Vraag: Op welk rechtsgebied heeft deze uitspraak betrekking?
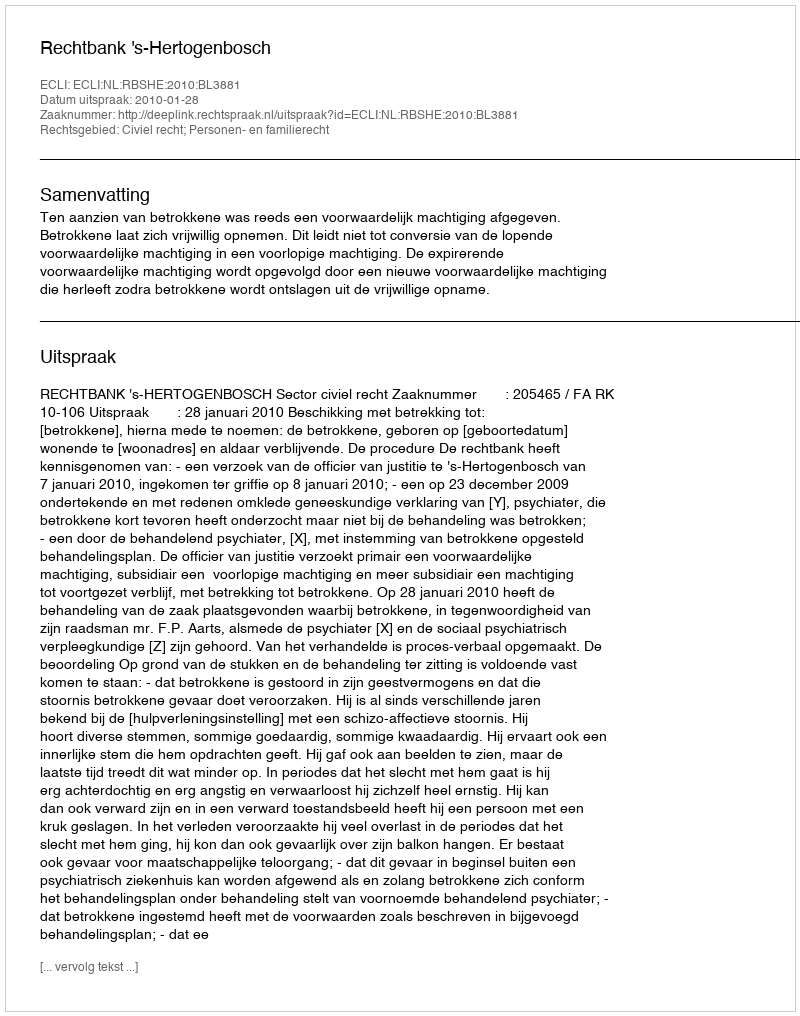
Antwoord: Civiel recht; Personen- en familierecht